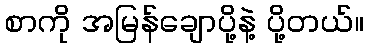
စာကို အမြန်ချောပို့နဲ့ ပို့တယ်။